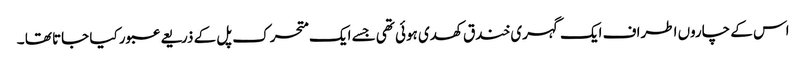
اس کے چاروں اطراف ایک گہری خندق کھدی ہوئی تھی جسے ایک متحرک پل کے ذریعے عبور کیا جاتا تھا ۔